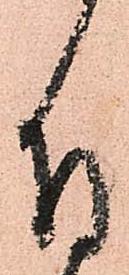
付